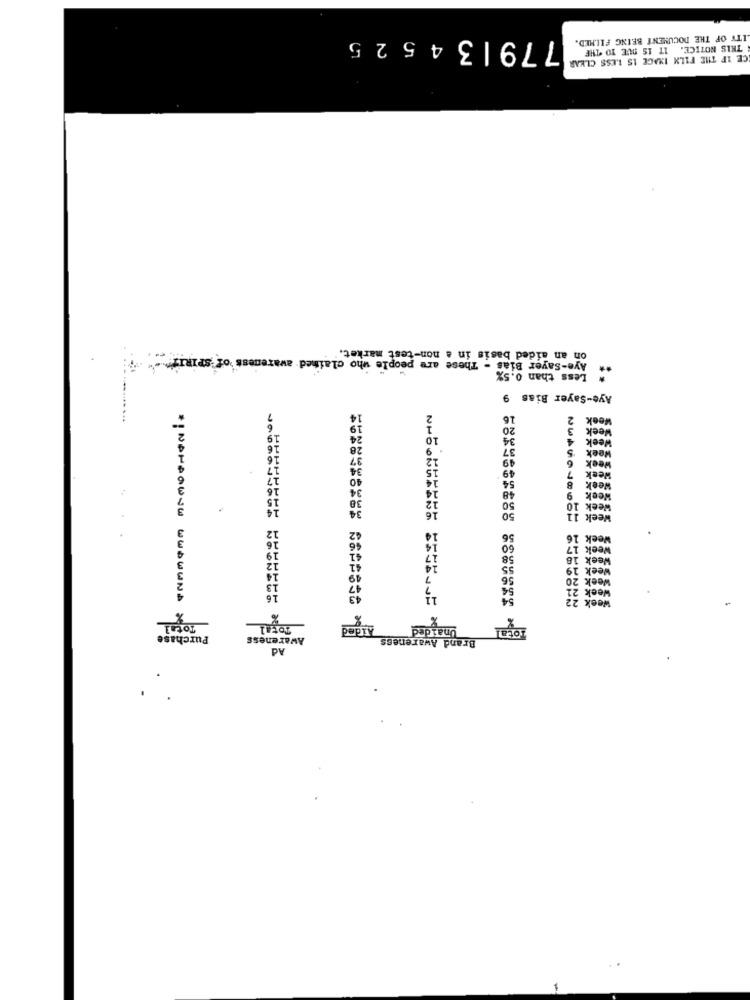
779|34525
ITY OF THE DOCUMENT BEING FILMED.
THIS NOTICE. IT IS DUE TO THE
CE IF THE FILX IMAGE IS LESS CLEAR
on an aided basis in a non-test market."
Aye-Sayer Bias - These are people who claimed awareness of SPIRIT"
* Less than 0.5%
Aye-Sayer Bias 9
16
2
Week
20
3
Week
10
34
4
Week
28
37
5
Week
37
49
Week
34
49
6
40
Week
34
48
54
8
Week
Week
34
50
Week 1
NHOONUMANO
50
11
Week
42
56
Veel
$6
60
Heel
41
58
veel
41
eek
49
56
47
Week
16
Week
ae
Total
Total
Aided
Unaided
Purchase
Awareness
Brand Awareness
Ad